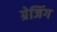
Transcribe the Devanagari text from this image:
ग्रेजिंग